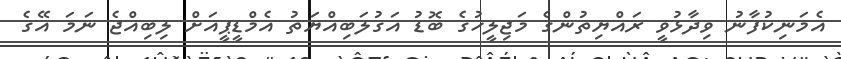
އެމަނިކުފާނު ވިދާޅުވީ ރައްޔިތުންގެ މަޖިލީހުގެ ބޮޑު އަގުލަބިއްޔަތު އެމްޑީޕީއަށް ލިބިއްޖެ ނަމަ އޭގެ